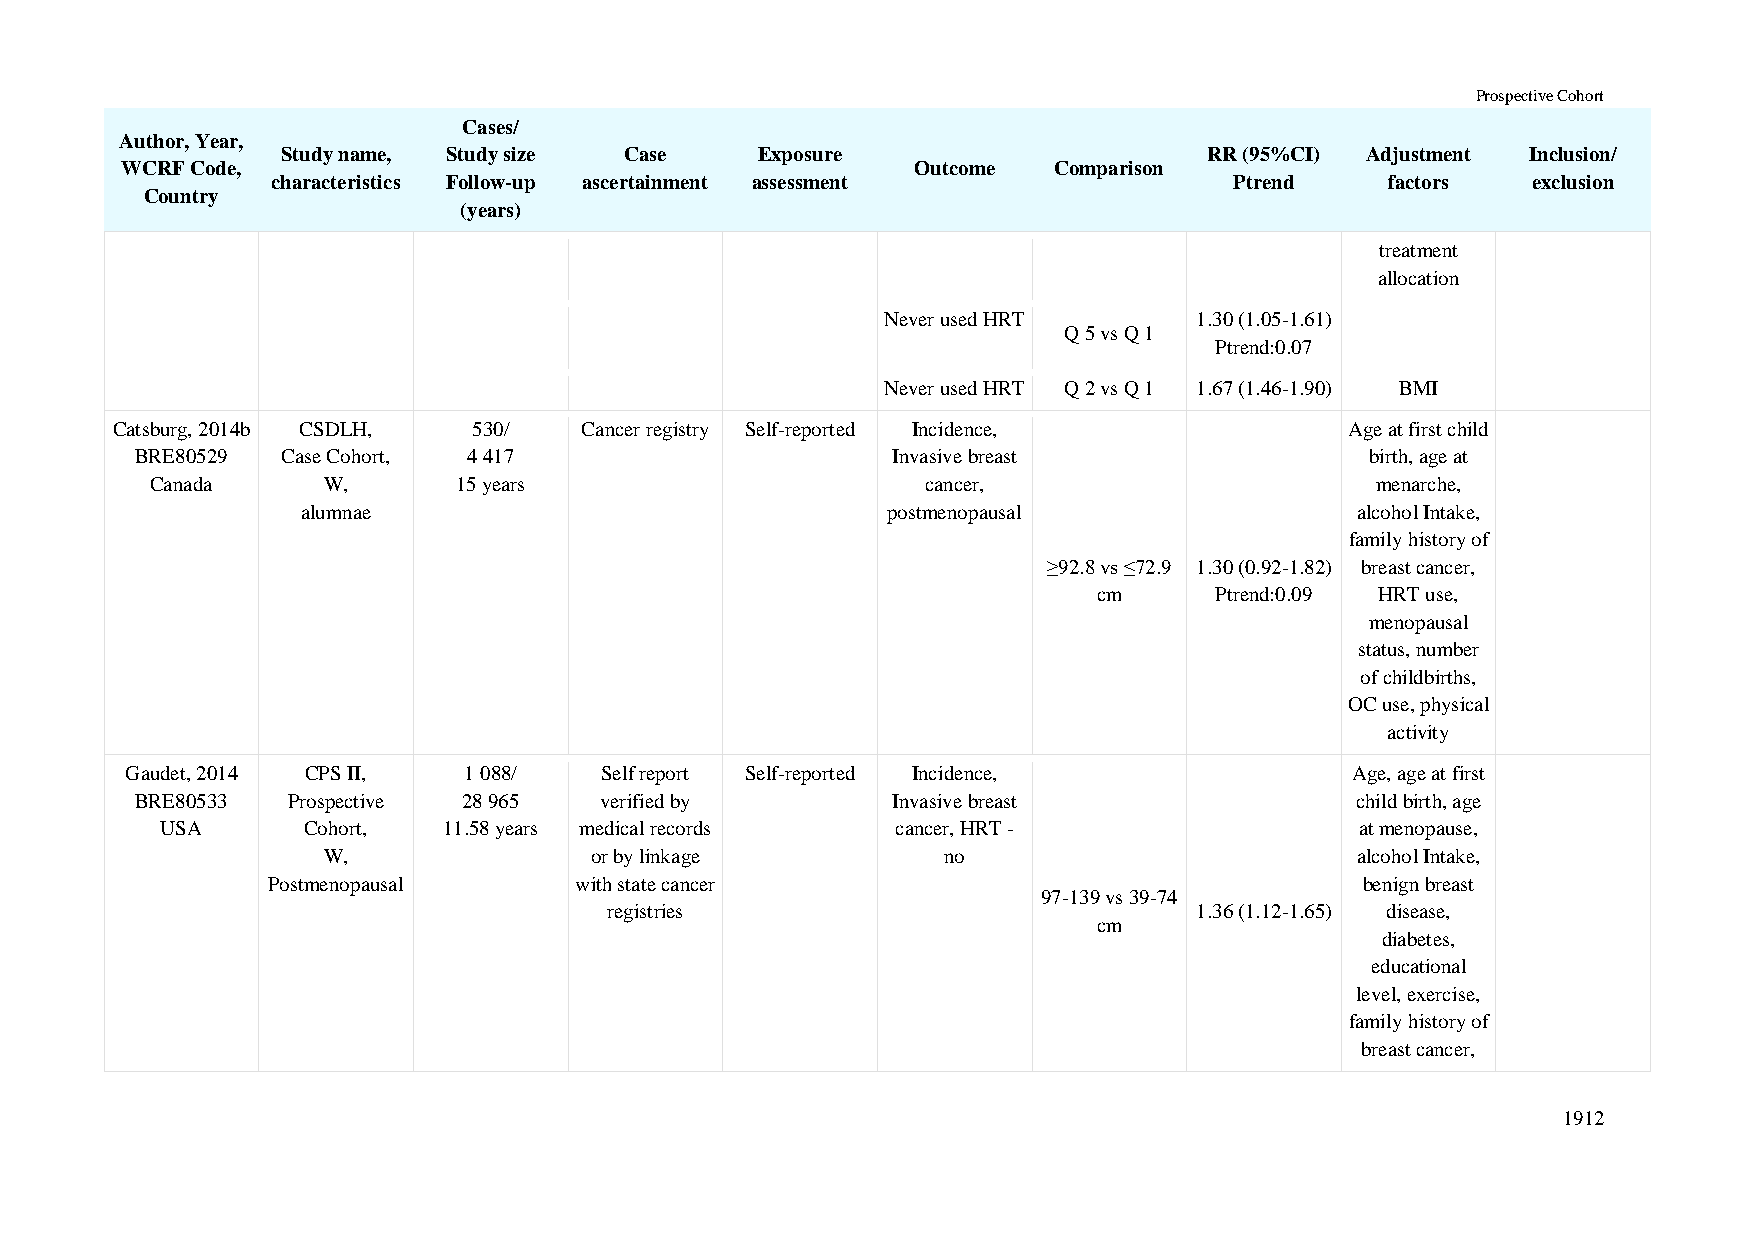
Prospective Cohort
 Cases/
 Author, Year,
 Study name, Study size Case    Exposure                      RR (95%CI) Adjustment Inclusion/
 WCRF Code,                                           Outcome  Comparison
 characteristics Follow-up ascertainment assessment              Ptrend    factors  exclusion
 Country
 (years)
 treatment
 allocation
 Never used HRT      1.30 (1.05-1.61)
 Q 5 vs Q 1
 Ptrend:0.07
 Never used HRT Q 2 vs Q 1 1.67 (1.46-1.90) BMI
 Catsburg, 2014b CSDLH,  530/   Cancer registry Self-reported Incidence,           Age at first child
 BRE80529  Case Cohort, 4 417                      Invasive breast                 birth, age at
 Canada     W,       15 years                       cancer,                       menarche,
 alumnae                                postmenopausal                 alcohol Intake,
 family history of
 ≥92.8 vs ≤72.9 1.30 (0.92-1.82) breast cancer,
 cm     Ptrend:0.09 HRT use,
 menopausal
 status, number
 of childbirths,
 OC use, physical
 activity
 Gaudet, 2014 CPS II,   1 088/   Self report Self-reported Incidence,              Age, age at first
 BRE80533  Prospective 28 965   verified by        Invasive breast                child birth, age
 USA      Cohort,  11.58 years medical records   cancer, HRT -                  at menopause,
 W,                or by linkage          no                          alcohol Intake,
 Postmenopausal      with state cancer                                   benign breast
 97-139 vs 39-74
 registries                             1.36 (1.12-1.65) disease,
 cm
 diabetes,
 educational
 level, exercise,
 family history of
 breast cancer,
 1912